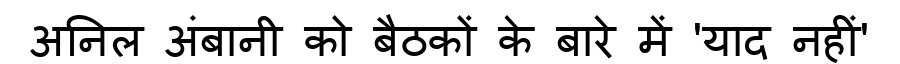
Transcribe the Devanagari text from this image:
अनिल अंबानी को बैठकों के बारे में 'याद नहीं'